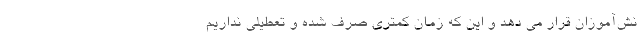
نش‌آموزان قرار می دهد و این که زمان کمتری صرف شده و تعطیلی نداریم